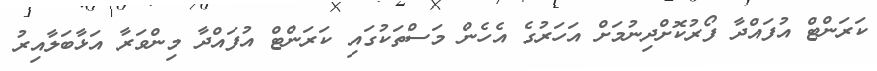
ކަރަންޓް އުފައްދާ ފޯރުކޮށްދިނުމަށް އަހަރުގެ އެހެން މަސްތަކުގައި ކަރަންޓް އުފައްދާ މިންވަރާ އަޅާބަލާއިރު